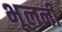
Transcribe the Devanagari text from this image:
भूलनी